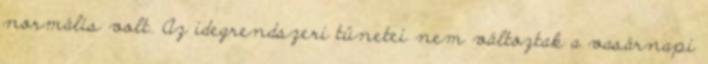
normális volt. Az idegrendszeri tünetei nem változtak a vasárnapi